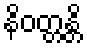
နိဝတ္တန္တိ